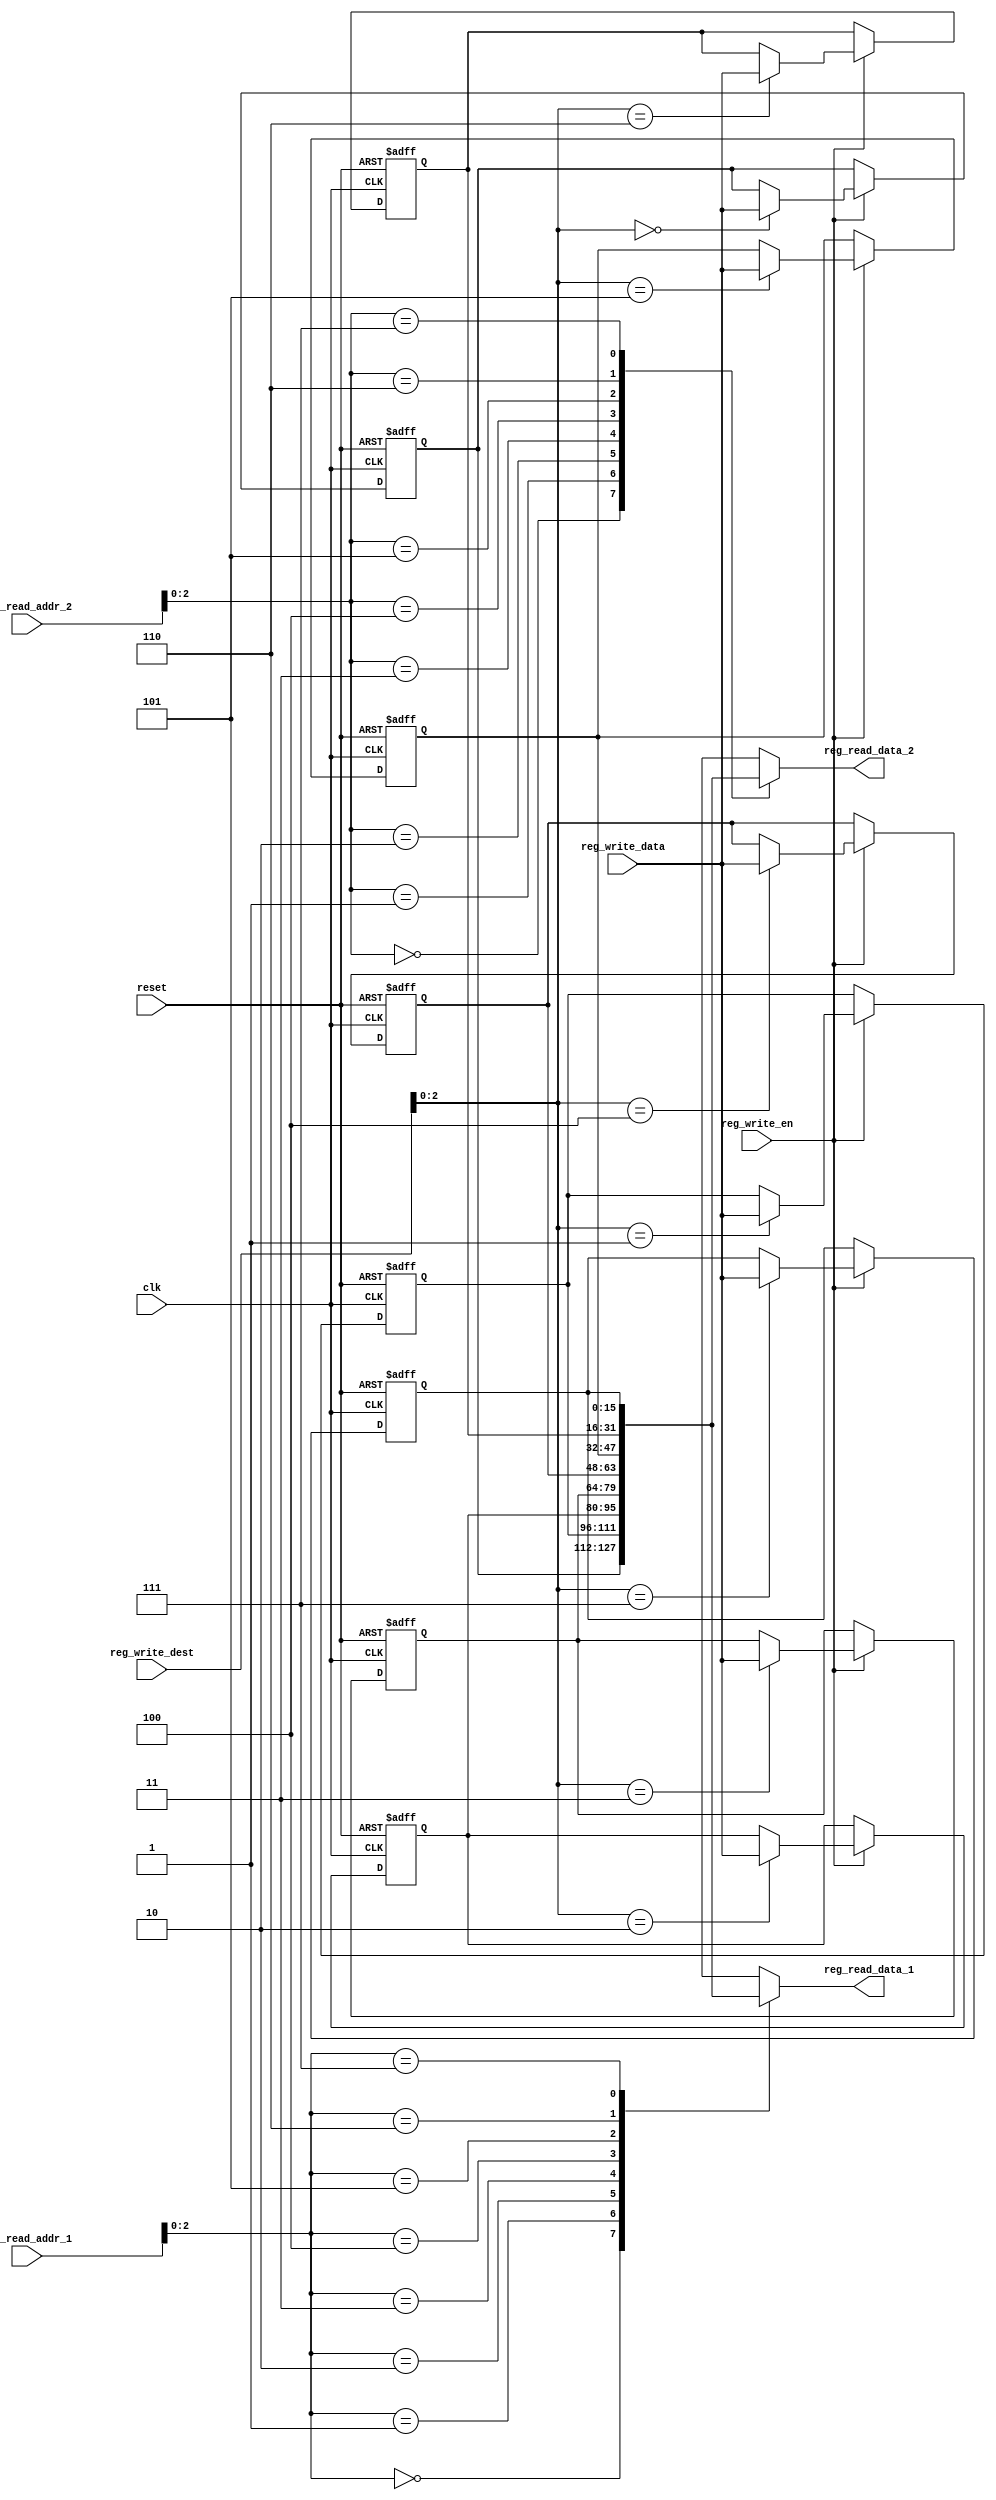
`timescale 1ns / 1ps
// fpga4student.com 
// FPGA projects, VHDL projects, Verilog projects 
// Verilog code for RISC Processor 
// Verilog code for register file
module GPRs(
    input    clk,
    input    reset,
    // write port
    input    reg_write_en,
    input  [3:0] reg_write_dest,
    input  [15:0] reg_write_data,
    //read port 1
    input  [3:0] reg_read_addr_1,
    output  [15:0] reg_read_data_1,
    //read port 2
    input  [3:0] reg_read_addr_2,
    output  [15:0] reg_read_data_2
);
    reg [15:0] reg_array [0:7];
    integer i;

    wire[15:0] reg0;
    wire[15:0] reg1;
    wire[15:0] reg2;
    wire[15:0] reg3;
    wire[15:0] reg4;
    wire[15:0] reg5;
    wire[15:0] reg6;
    wire[15:0] reg7;
    assign reg0 = reg_array[0];
    assign reg1 = reg_array[1];
    assign reg2 = reg_array[2];
    assign reg3 = reg_array[3];
    assign reg4 = reg_array[4];
    assign reg5 = reg_array[5];
    assign reg6 = reg_array[6];
    assign reg7 = reg_array[7];

    // write port
    always @ (posedge clk or posedge reset) begin
        if(reset) begin
            for(i=0;i<8;i=i+1) begin
                reg_array[i] <= 16'd0;
            end
        end else if(reg_write_en) begin
            reg_array[reg_write_dest] <= reg_write_data;
        end
    end

    assign reg_read_data_1 = reg_array[reg_read_addr_1];
    assign reg_read_data_2 = reg_array[reg_read_addr_2];
endmodule